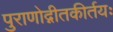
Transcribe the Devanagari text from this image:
पुराणोद्गीतकीर्तयः